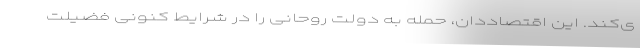
ی‌کند. این اقتصاددان، حمله به دولت روحانی را در شرایط کنونی فضیلت